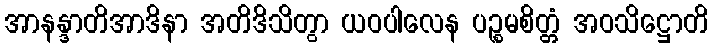
အာနန္ဒာတိအာဒိနာ အတိဒိသိတွာ ယဝပါလေန ပဉ္စမစိတ္တံ အဝသိဋ္ဌောတိ